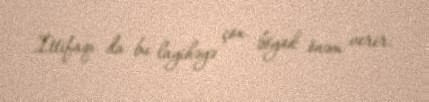
İttifaqı da bu layihəyə çox böyük önəm verir.